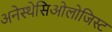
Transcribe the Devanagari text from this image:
अनेस्थेसिओलोजिस्ट